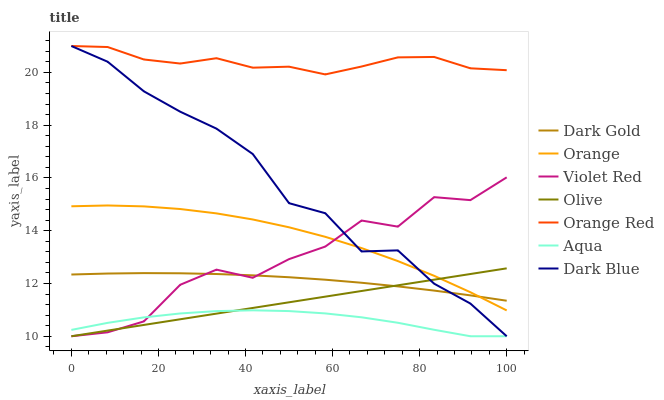
| xaxis_label | Dark Gold | Orange | Violet Red | Olive | Orange Red | Aqua | Dark Blue |
 | --- | --- | --- | --- | --- | --- | --- | --- |
 | 0 | 12.3 | 14.9 | 10 | 10 | 21 | 10.2 | 21 |
 | 8.33 | 12.4 | 15 | 10.1 | 10.2 | 21 | 10.5 | 20.4 |
 | 16.7 | 12.4 | 14.9 | 10.6 | 10.4 | 20.5 | 10.7 | 19.3 |
 | 25 | 12.4 | 14.8 | 12 | 10.6 | 20.3 | 10.9 | 18.5 |
 | 33.3 | 12.4 | 14.7 | 12.5 | 10.9 | 20.5 | 11 | 17.9 |
 | 41.7 | 12.3 | 14.4 | 12.2 | 11.1 | 20.2 | 11 | 16.9 |
 | 50 | 12.2 | 14.1 | 12.9 | 11.3 | 20.2 | 11 | 15 |
 | 58.3 | 12.1 | 13.8 | 13.4 | 11.5 | 19.9 | 10.9 | 14.7 |
 | 66.7 | 12 | 13.3 | 14.4 | 11.7 | 20.2 | 10.7 | 13.2 |
 | 75 | 11.9 | 12.8 | 14.2 | 11.9 | 20.6 | 10.5 | 13.3 |
 | 83.3 | 11.7 | 12.3 | 15.3 | 12.1 | 20.6 | 10.2 | 12 |
 | 91.7 | 11.5 | 11.7 | 15.2 | 12.4 | 20.2 | 10 | 11.2 |
 | 100 | 11.3 | 11 | 16 | 12.6 | 20.1 | 10 | 10 |